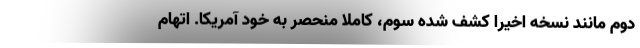
دوم مانند نسخه اخیرا کشف شده سوم، کاملا منحصر به خود آمریکا. اتهام